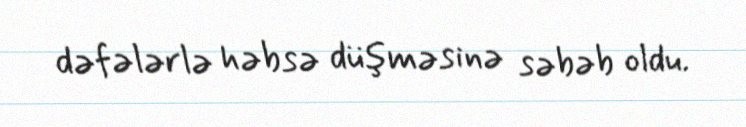
dəfələrlə həbsə düşməsinə səbəb oldu.